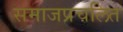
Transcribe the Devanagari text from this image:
समाजप्रचलित